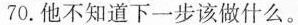
70.他不知道下一步该做什么。